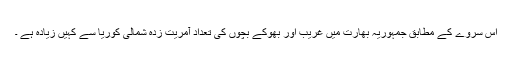
اس سروے کے مطابق جمہوریہ بھارت میں غریب اور بھوکے بچوں کی تعداد آمریت زدہ شمالی کوریا سے کہیں زیادہ ہے ۔